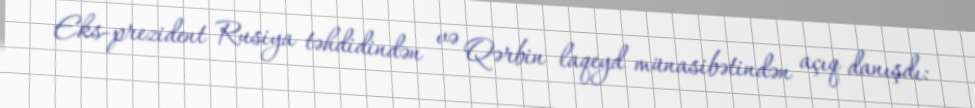
Eks-prezident Rusiya təhdidindən və Qərbin laqeyd münasibətindən açıq danışdı: